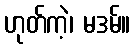
ဟုတ်ကဲ့၊ မဒမ်။